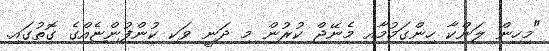
"މިހިން ލަންކާ ހިންގަމުމާއި މެނޭޖް ކުރުން މި ދަނީ ވަކި ކުންފުންޏެއްގެ ގޮތުގައި.